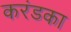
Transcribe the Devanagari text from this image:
करंडका